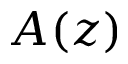
A ( z )